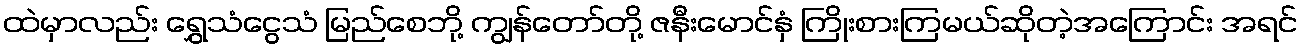
ထဲမှာလည်း ရွှေသံငွေသံ မြည်စေဘို့ ကျွန်တော်တို့ ဇနီးမောင်နှံ ကြိုးစားကြမယ်ဆိုတဲ့အကြောင်း အရင်